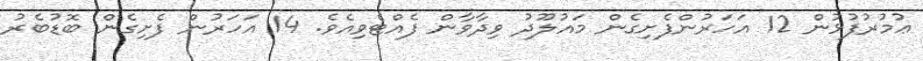
ޢުމުރުފުޅުން 12 އަހަރުންފެށިގެން މައުލޫދު ވިދާވާން ފެއްޓެވިއެވެ. 14 އަހަރުން ފެށިގެން ބޮޑުބެރު